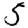
Digit: 5